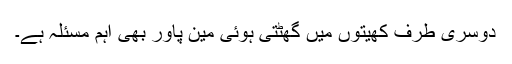
دوسری طرف کھیتوں میں گھٹتی ہوئی مین پاور بھی اہم مسئلہ ہے۔